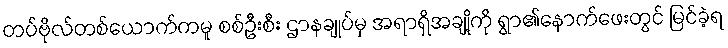
တပ်ဗိုလ်တစ်ယောက်ကမူ စစ်ဦးစီး ဌာနချုပ်မှ အရာရှိအချို့ကို ရွာ၏နောက်ဖေးတွင် မြင်ခဲ့ရ